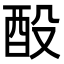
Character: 酘